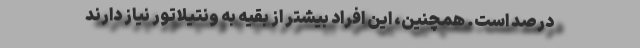
درصد است. همچنین، این افراد بیشتر از بقیه به ونتیلاتور نیاز دارند